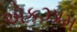
એકઝામ